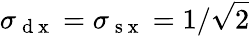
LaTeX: \sigma_{\mathrm{~d~x~}}=\sigma_{\mathrm{~s~x~}}=1/\sqrt{2}